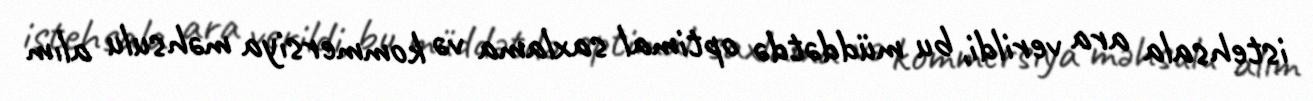
istehsala ara verildi, bu müddətdə optimal saxlama və kommersiya məhsulu alım